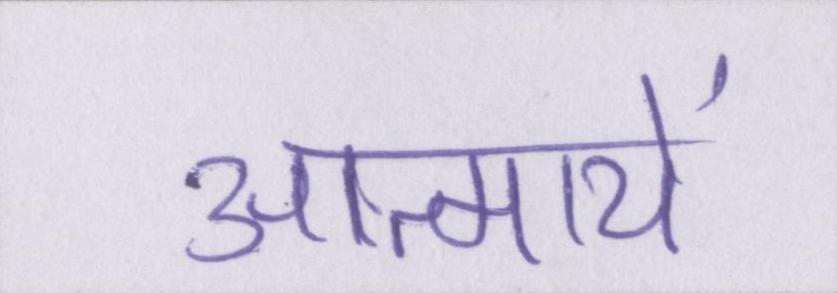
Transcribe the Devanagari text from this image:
आत्मायें